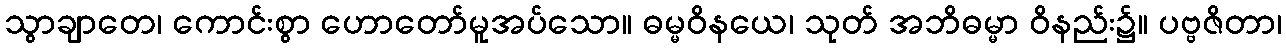
သွာချာတေ၊ ကောင်းစွာ ဟောတော်မူအပ်သော။ ဓမ္မဝိနယေ၊ သုတ် အဘိဓမ္မာ ဝိနည်း၌။ ပဗ္ဗဇိတာ၊